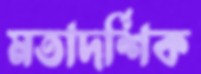
মতাদর্শিক